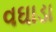
વઘાડા